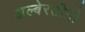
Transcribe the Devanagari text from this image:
अल्बेरतीनो